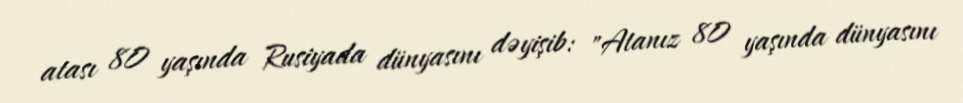
atası 80 yaşında Rusiyada dünyasını dəyişib: "Atanız 80 yaşında dünyasını